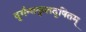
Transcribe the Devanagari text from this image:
दुर्गन्धकुलदूषितम्